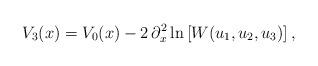
LaTeX: \begin{align*}V_3(x)=V_0(x)-2\, \partial_x^2 \ln \left[W(u_1,u_2,u_3)\right], \end{align*}